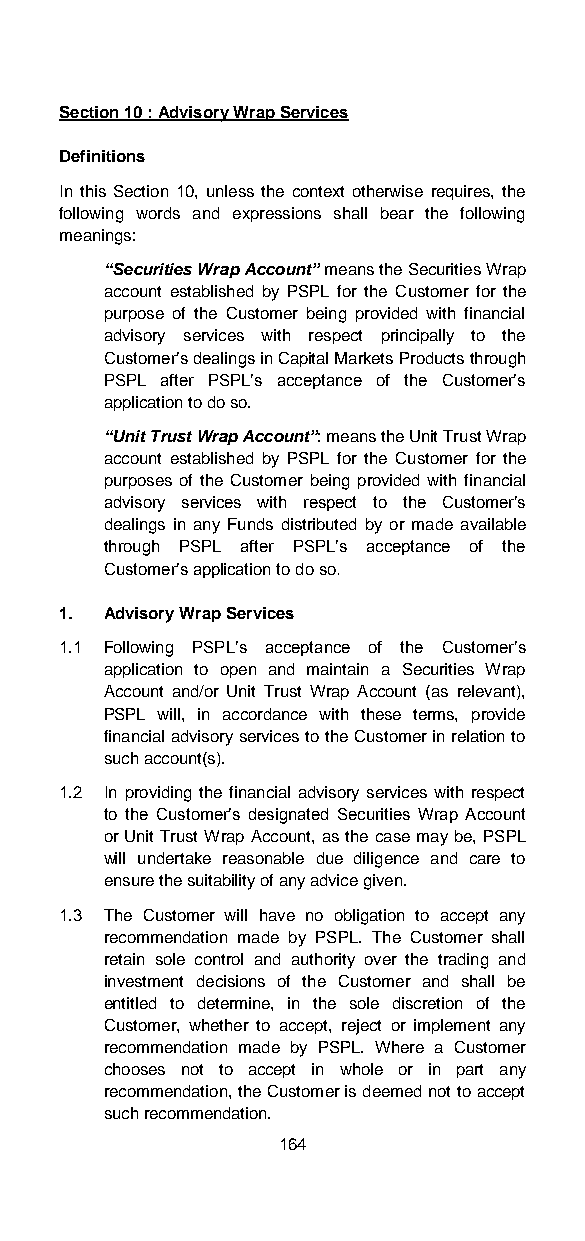
Section 10 : Advisory Wrap Services
 Definitions
 In this Section 10, unless the context otherwise requires, the
 following words and expressions shall bear the following
 meanings:
 “Securities Wrap Account” means the Securities Wrap
 account established by PSPL for the Customer for the
 purpose of the Customer being provided with financial
 advisory services with respect principally to the
 Customer’s dealings in Capital Markets Products through
 PSPL after PSPL’s acceptance of the Customer’s
 application to do so.
 “Unit Trust Wrap Account”: means the Unit Trust Wrap
 account established by PSPL for the Customer for the
 purposes of the Customer being provided with financial
 advisory services with respect to the Customer’s
 dealings in any Funds distributed by or made available
 through PSPL after PSPL’s acceptance of the
 Customer’s application to do so.
 1. Advisory Wrap Services
 1.1 Following PSPL’s acceptance of the Customer’s
 application to open and maintain a Securities Wrap
 Account and/or Unit Trust Wrap Account (as relevant),
 PSPL will, in accordance with these terms, provide
 financial advisory services to the Customer in relation to
 such account(s).
 1.2 In providing the financial advisory services with respect
 to the Customer’s designated Securities Wrap Account
 or Unit Trust Wrap Account, as the case may be, PSPL
 will undertake reasonable due diligence and care to
 ensure the suitability of any advice given.
 1.3 The Customer will have no obligation to accept any
 recommendation made by PSPL. The Customer shall
 retain sole control and authority over the trading and
 investment decisions of the Customer and shall be
 entitled to determine, in the sole discretion of the
 Customer, whether to accept, reject or implement any
 recommendation made by PSPL. Where a Customer
 chooses not to accept in whole or in part any
 recommendation, the Customer is deemed not to accept
 such recommendation.
 164